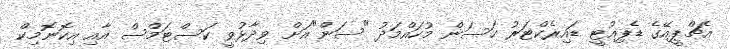
އެޗްޕީއޭގެ ޑެޕިއުޓީ ޑައިރެކްޓަރު ހަސަން މުހައްމަދު "ސަން"އަށް ވިދާޅުވީ ކަސްޓަމްސް އާއި އިކޮނޮމިކް